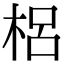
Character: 梠